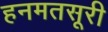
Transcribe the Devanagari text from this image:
हनमतसूरी